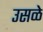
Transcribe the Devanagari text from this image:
उसळे